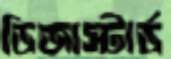
ডিজাস্টার্ড